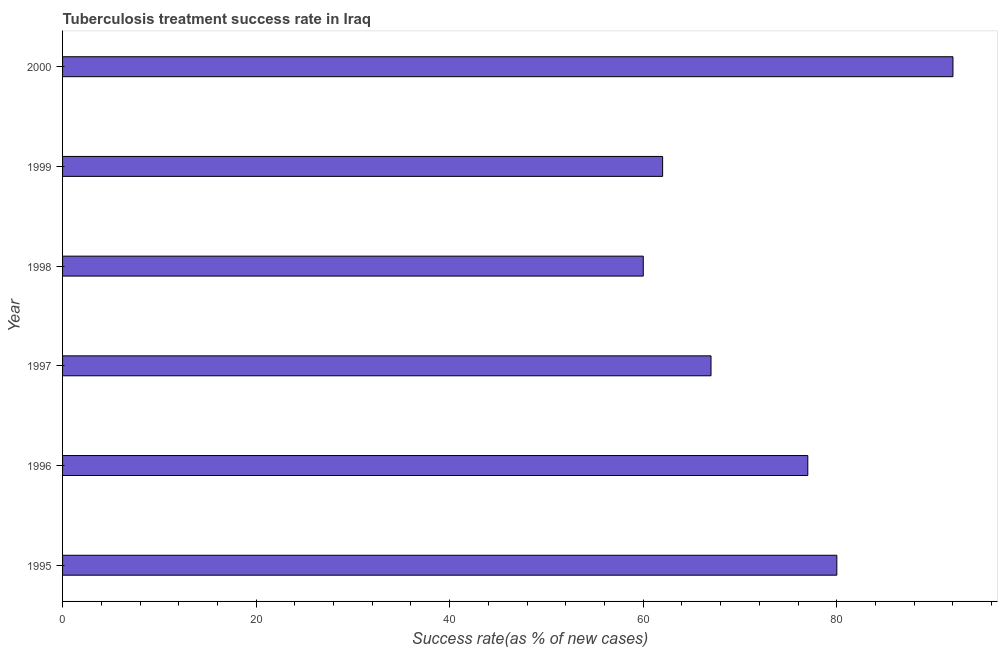
| Year | Tuberculosis treatment success rate |
 | --- | --- |
 | 1995 | 80 |
 | 1996 | 77 |
 | 1997 | 67 |
 | 1998 | 60 |
 | 1999 | 62 |
 | 2000 | 92 |